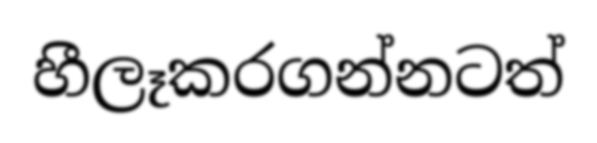
හීලෑකරගන්නටත්